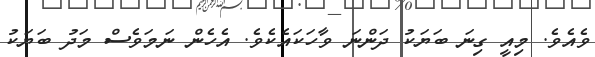
ވެއެވެ. މިއީ ގިނަ ބަޔަކު ދަންނަ ވާހަކައެކެވެ. އެހެން ނަމަވެސް މަދު ބަޔަކު